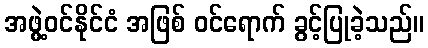
အဖွဲ့ဝင်နိုင်ငံ အဖြစ် ဝင်ရောက် ခွင့်ပြုခဲ့သည်။